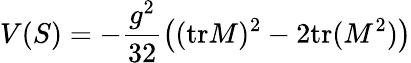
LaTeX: V(S)=-\frac{g^{2}}{32}\left((\mathrm{tr}M)^{2}-2\mathrm{tr}(M^{2})\right)